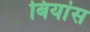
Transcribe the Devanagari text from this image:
बियांस